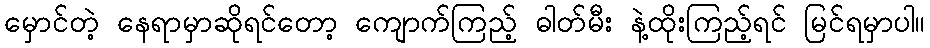
မှောင်တဲ့ နေရာမှာဆိုရင်တော့ ကျောက်ကြည့် ဓါတ်မီး နဲ့ထိုးကြည့်ရင် မြင်ရမှာပါ။